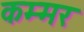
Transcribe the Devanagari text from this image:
कम्मर